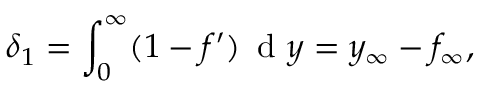
\delta _ { 1 } = \int _ { 0 } ^ { \infty } ( 1 - f ^ { \prime } ) \, \textrm { d } y = y _ { \infty } - f _ { \infty } ,